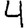
Digit: 4